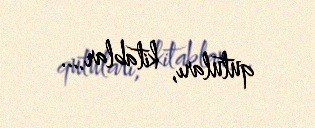
qutuları, kitablar….